Treatise on elephants
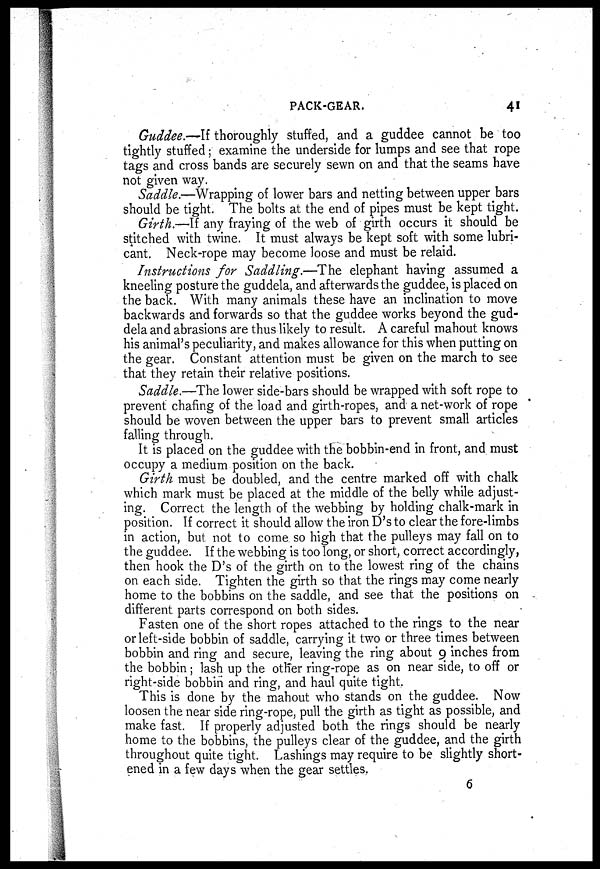
PACK-GEAR.
41
Guddee.—If thoroughly stuffed, and a guddee cannot be too
tightly stuffed; examine the underside for lumps and see that rope
tags and cross bands are securely sewn on and that the seams have
not given way.
Saddle.—Wrapping of lower bars and netting between upper bars
should be tight. The bolts at the end of pipes must be kept tight.
Girth.—If any fraying of the web of girth occurs it should be
stitched with twine. It must always be kept soft with some lubri-
cant. Neck-rope may become loose and must be relaid.
Instructions for Saddling.—The elephant having assumed a
kneeling posture the guddela, and afterwards the guddee, is placed on
the back. With many animals these have an inclination to move
backwards and forwards so that the guddee works beyond the gud-
dela and abrasions are thus likely to result. A careful mahout knows
his animal's peculiarity, and makes allowance for this when putting on
the gear. Constant attention must be given on the march to see
that they retain their relative positions.
Saddle.—The lower side-bars should be wrapped with soft rope to
prevent chafing of the load and girth-ropes, and a net-work of rope
should be woven between the upper bars to prevent small articles
falling through.
It is placed on the guddee with the bobbin-end in front, and must
occupy a medium position on the back.
Girth must be doubled, and the centre marked off with chalk
which mark must be placed at the middle of the belly while adjust-
ing. Correct the length of the webbing by holding chalk-mark in
position. If correct it should allow the iron D's to clear the fore-limbs
in action, but not to come so high that the pulleys may fall on to
the guddee. If the webbing is too long, or short, correct accordingly,
then hook the D's of the girth on to the lowest ring of the chains
on each side. Tighten the girth so that the rings may come nearly
home to the bobbins on the saddle, and see that the positions on
different parts correspond on both sides.
Fasten one of the short ropes attached to the rings to the near
or left-side bobbin of saddle, carrying it two or three times between
bobbin and ring and secure, leaving the ring about 9 inches from
the bobbin; lash up the other ring-rope as on near side, to off or
right-side bobbin and ring, and haul quite tight.
This is done by the mahout who stands on the guddee. Now
loosen the near side ring-rope, pull the girth as tight as possible, and
make fast. If properly adjusted both the rings should be nearly
home to the bobbins, the pulleys clear of the guddee, and the girth
throughout quite tight. Lashings may require to be slightly short-
ened in a few days when the gear settles.
6